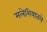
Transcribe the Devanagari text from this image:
मलेशियातले